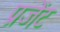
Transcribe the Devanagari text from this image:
प्रजेंट